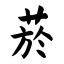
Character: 菸